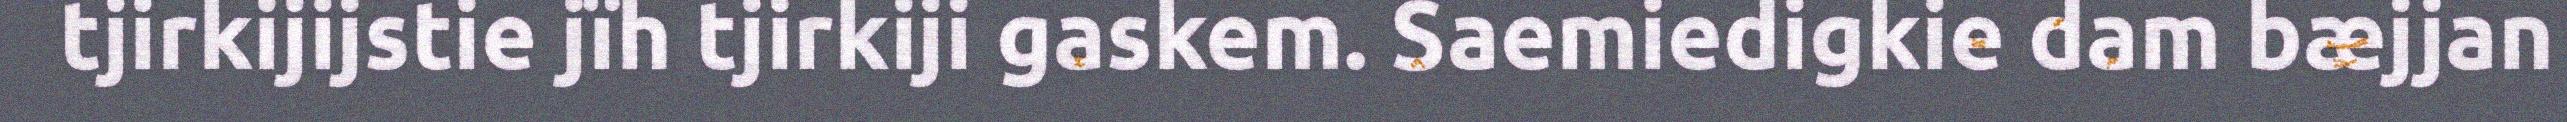
tjirkijijstie jïh tjirkiji gaskem. Saemiedigkie dam bæjjan